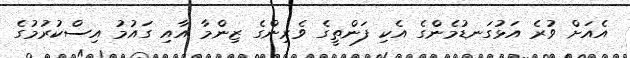
އެއަށް ވުރެ އަޅުގަނޑުމެންގެ އެކި ފަންތީގެ ވެރިންގެ ޒިންމާ އާއި ގައުމު އިސްކުރުމުގެ